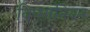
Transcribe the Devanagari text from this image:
विप्सानियन